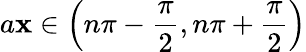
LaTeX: a\mathbf{x}\in\left(n\pi-{\frac{{\pi}}{{2}}},n\pi+{\frac{{\pi}}{{2}}}\right)